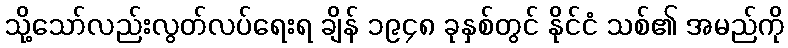
သို့သော်လည်းလွတ်လပ်ရေးရ ချိန် ၁၉၄၈ ခုနှစ်တွင် နိုင်ငံ သစ်၏ အမည်ကို